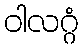
ဝါလဂ္ဂံ